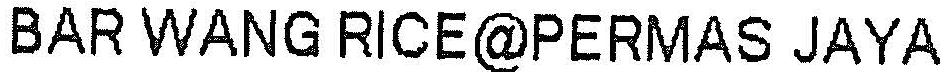
BAR WANG RICE@PERMAS JAYA